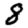
Digit: 8